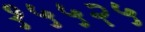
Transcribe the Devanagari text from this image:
१५५२५